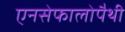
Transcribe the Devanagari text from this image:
एनसेफालोपैथी